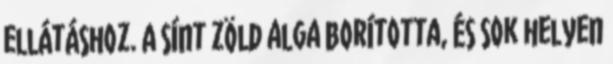
ellátáshoz. A sínt zöld alga borította, és sok helyen